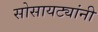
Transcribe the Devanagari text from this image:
सोसायट्यांनी